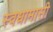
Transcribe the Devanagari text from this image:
स्वधामासी